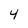
Character: 4